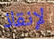
لإنقاذ